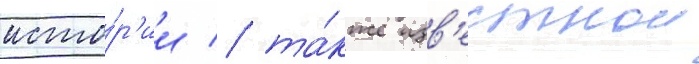
исто́р'ии / та́кже изв'естнои